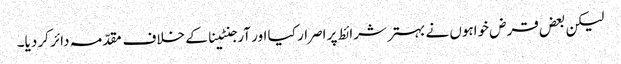
لیکن بعض قرض خواہوں نے بہتر شرائط پر اصرار کیا اور آرجنٹینا کے خلاف مقدّمہ دائر کر دیا۔